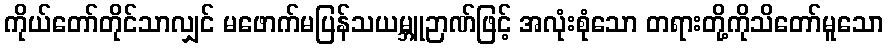
ကိုယ်တော်တိုင်သာလျှင် မဖောက်မပြန်သယမ္ဘူဉာဏ်ဖြင့် အလုံးစုံသော တရားတို့ကိုသိတော်မူသော